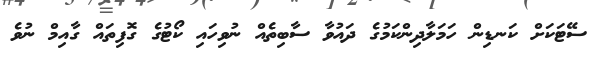
ސޭޓަކަށް ކަނޑިން ހަމަލާދިންކަމުގެ ދައުވާ ސާބިތެއް ނުވިހައި ކޯޓުގެ ގޮފިތައް ގާއިމް ނުވެ